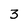
Character: 3